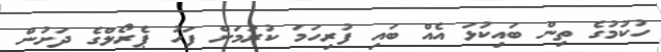
ހުކުމުގެ ތިން ބައިކުޅަ އެއް ބައި ފުރިހަމަ ކުރުމަށް ފަހު ޕެރޯލްގެ ދަށުން